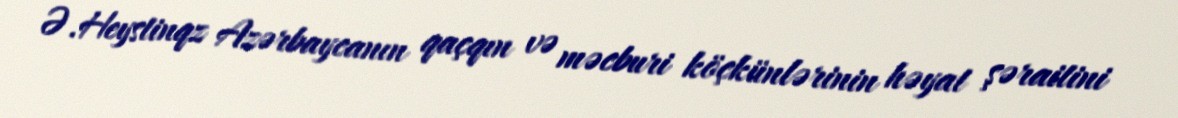
Ə.Heystinqz Azərbaycanın qaçqın və məcburi köçkünlərinin həyat şəraitini